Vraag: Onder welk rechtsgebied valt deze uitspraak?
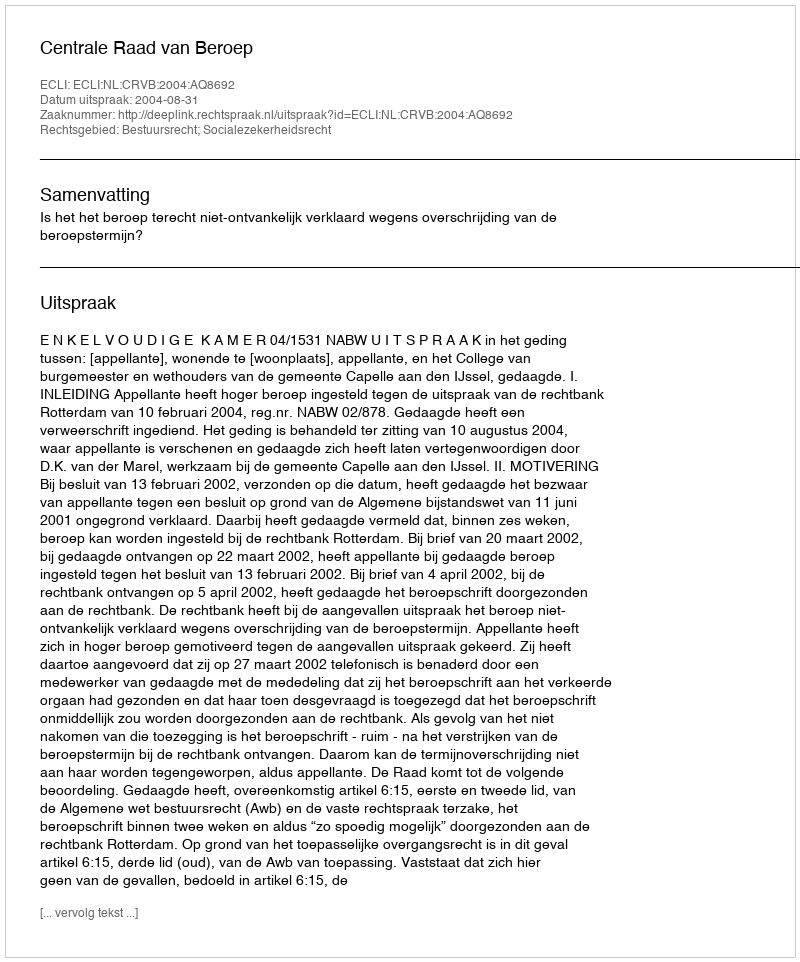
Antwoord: Bestuursrecht; Socialezekerheidsrecht